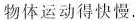
物体运动得快慢。